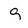
Character: g